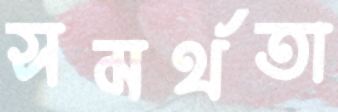
সমর্থতা